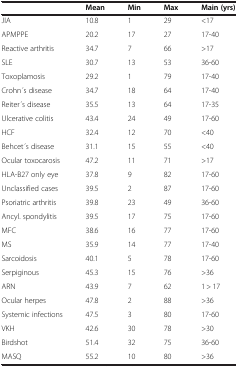
|  | Mean | Min | Max | Main (yrs) |
 | --- | --- | --- | --- | --- |
 | JIA | 10.8 | 1 | 29 | <17 |
 | APMPPE | 20.2 | 17 | 27 | 17-40 |
 | Reactive arthritis | 34.7 | 7 | 66 | >17 |
 | SLE | 30.7 | 13 | 53 | 36-60 |
 | Toxoplamosis | 29.2 | 1 | 79 | 17-40 |
 | Crohn ́s disease | 34.7 | 18 | 64 | 17-40 |
 | Reiter ́s disease | 35.5 | 13 | 64 | 17-35 |
 | Ulcerative colitis | 43.4 | 24 | 49 | 17-60 |
 | HCF | 32.4 | 12 | 70 | <40 |
 | Behcet ́s disease | 31.1 | 15 | 55 | <40 |
 | Ocular toxocarosis | 47.2 | 11 | 71 | >17 |
 | HLA-B27 only eye | 37.8 | 9 | 82 | 17-60 |
 | Unclassified cases | 39.5 | 2 | 87 | 17-60 |
 | Psoriatric arthritis | 39.8 | 23 | 49 | 36-60 |
 | Ancyl. spondylitis | 39.5 | 17 | 75 | 17-60 |
 | MFC | 38.6 | 16 | 77 | 17-60 |
 | MS | 35.9 | 14 | 77 | 17-40 |
 | Sarcoidosis | 40.1 | 5 | 78 | 17-60 |
 | Serpiginous | 45.3 | 15 | 76 | >36 |
 | ARN | 43.9 | 7 | 62 | 1 > 17 |
 | Ocular herpes | 47.8 | 2 | 88 | >36 |
 | Systemic infections | 47.5 | 3 | 80 | 17-60 |
 | VKH | 42.6 | 30 | 78 | >30 |
 | Birdshot | 51.4 | 32 | 75 | 36-60 |
 | MASQ | 55.2 | 10 | 80 | >36 |